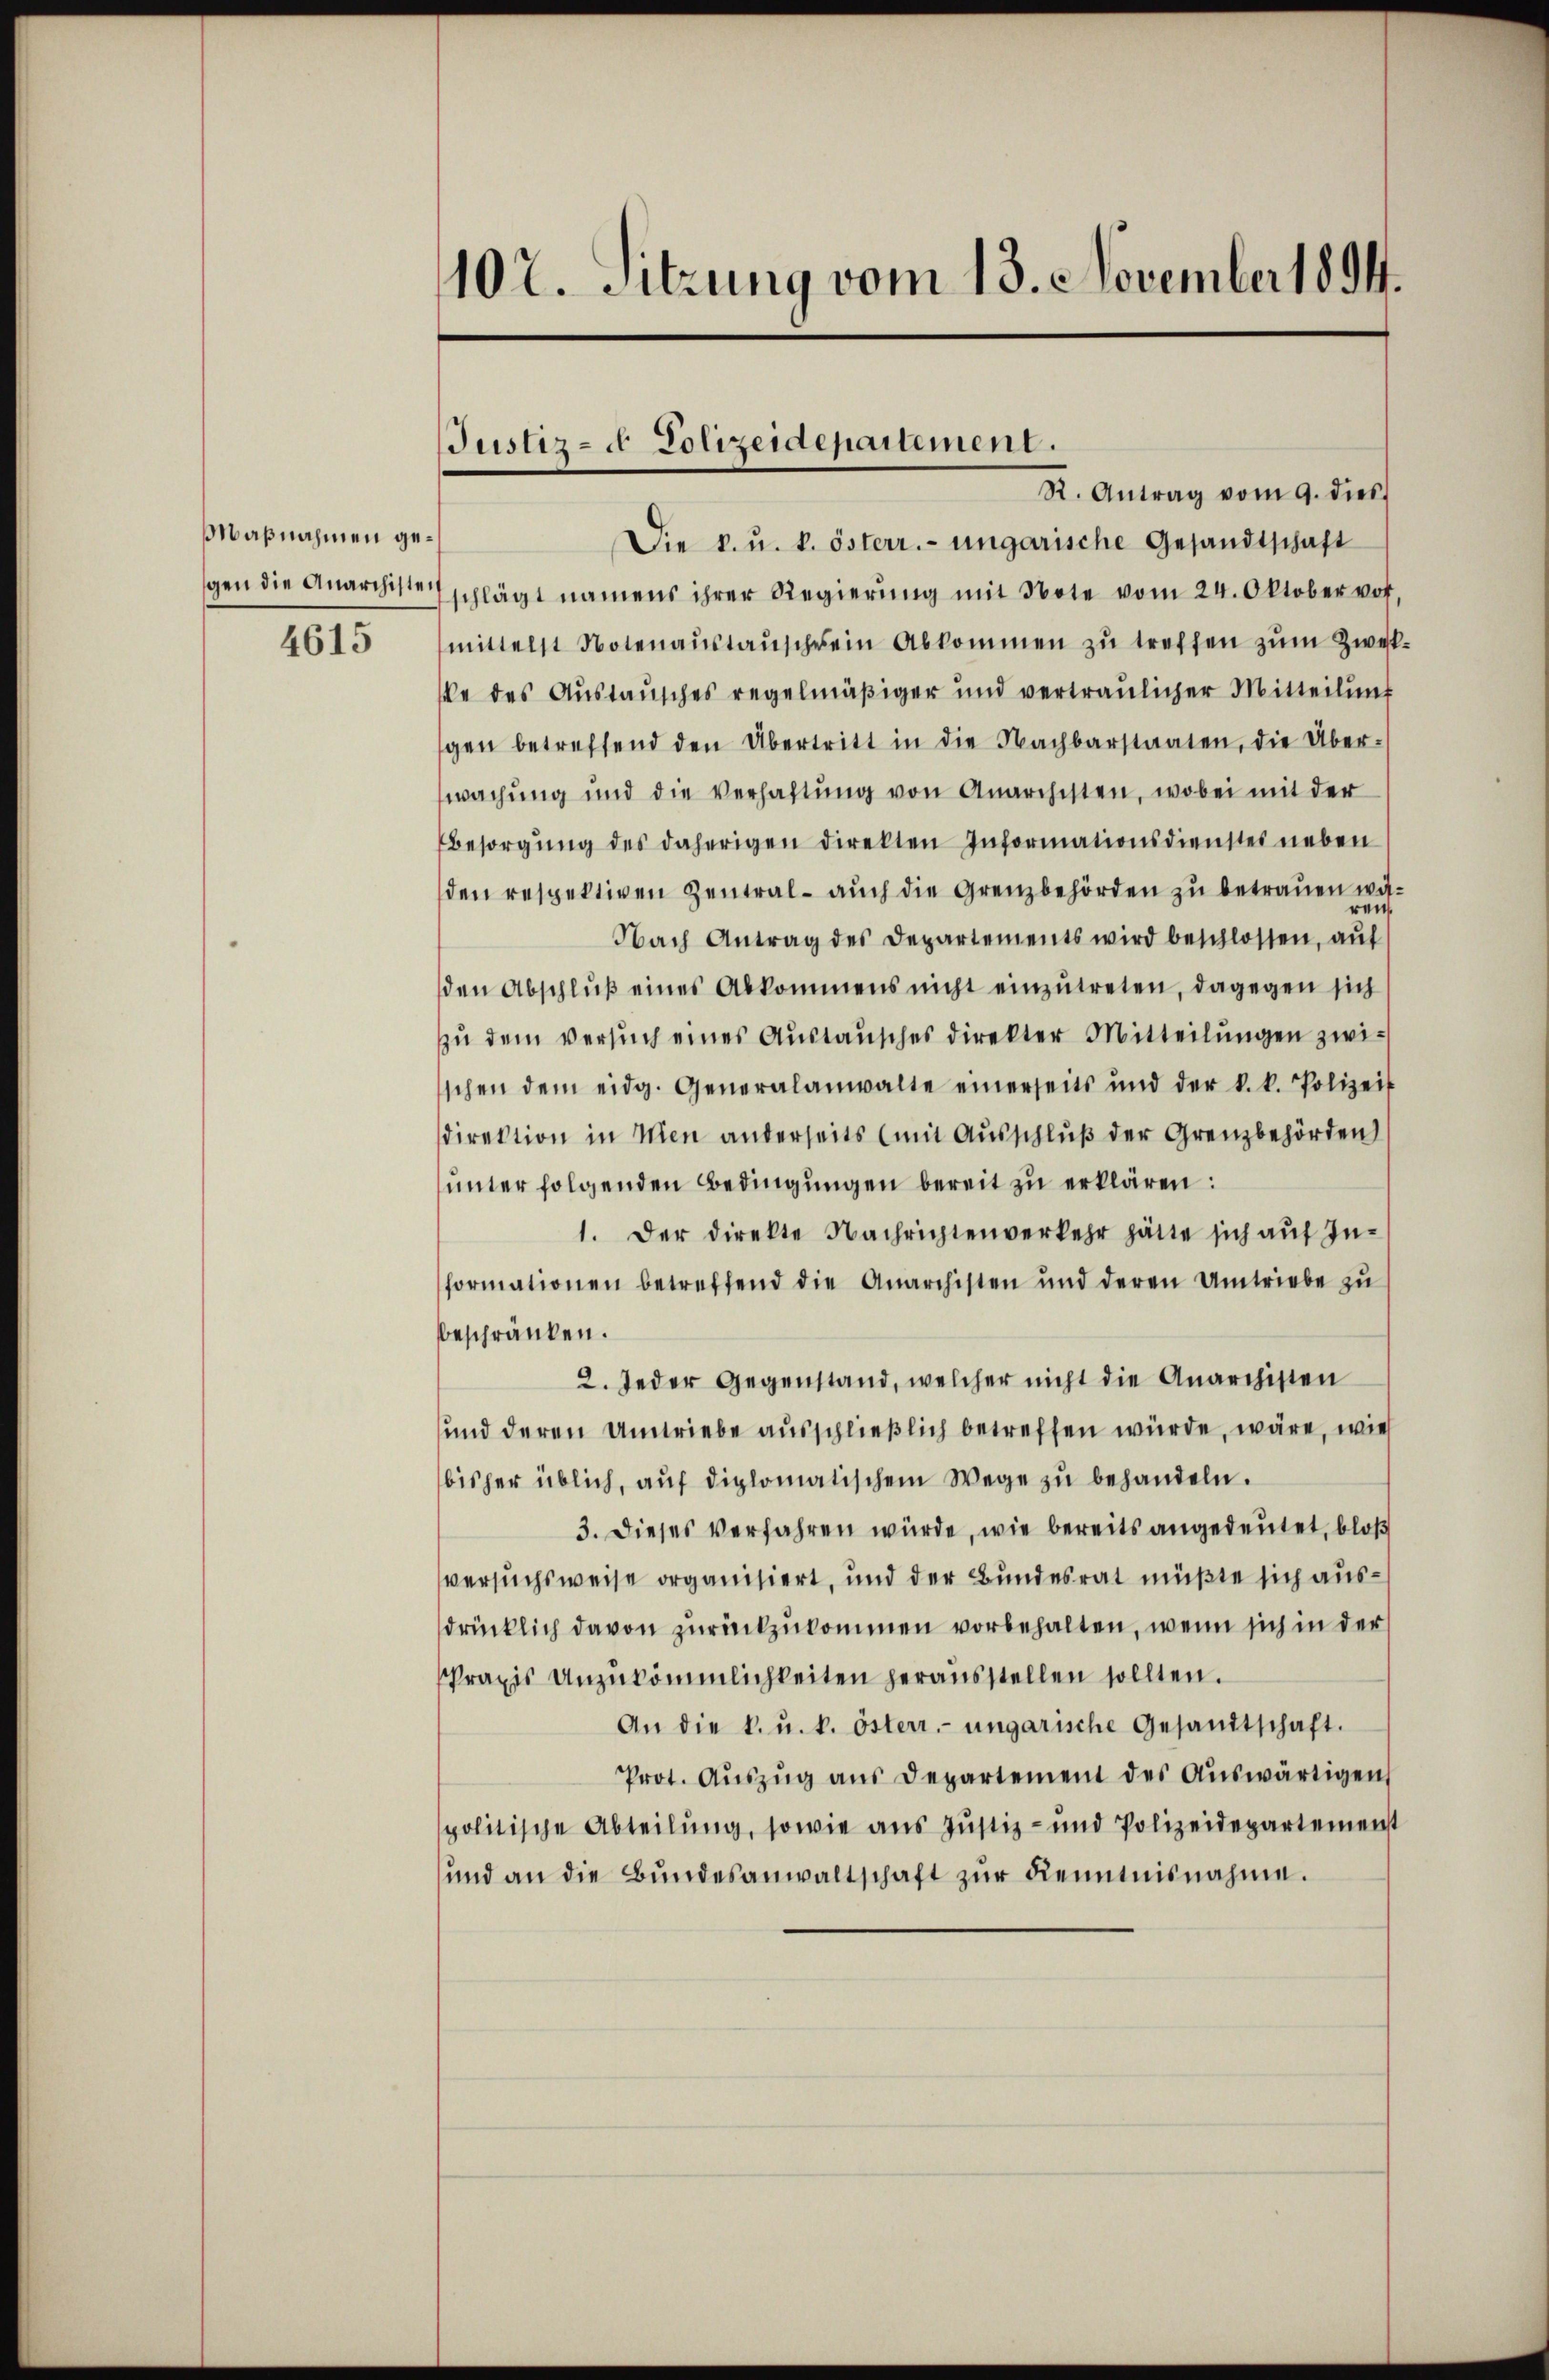
Maßnahmen gegen die Anarchisten

4615

102. Sitzung vom 13. November 1894.

R. Antrag vom 9. dies
Die k. u. k. österr. ungarische Gesandtschaft
schlägt namens ihrer Regierŭng mit Note vom 24. Oktober vor
mittelst Notenaŭstaŭscherein Abkommen zu treffen zum Zweit
ke des Aŭstaŭsches regelmäβiger und vertraŭlicher Mitteilŭng
gen betreffend den Übertritt in die Nachbarstaaten, die Über-
wachung und die Verhaltŭng von Anarchisten, wobei mit der
Besorgŭng des daherigen direkten Informationsdienstes neben
den respektiven Zentral- aŭch die Grenzbehörden zu betrauen wären.
Nach Antrag des Departements wird beschlossen, aŭf
den Abschlŭβ eines Abkommens nicht einzŭtreten, dagegen sich
zu dem versuch eines Austausches direkter Mitteilungen zwischen dem eidg. Generalanwalte einerseits und der k. k. Polizeit
direktion in Wien anderseits (mit Ausschlŭβ der Grenzbehörden
unter folgenden Bedingungen bereit zu erklären:
1. Der Direkte Nachrichtenverkehr hätte sich aŭf In-
formationen betreffend die Anarchisten und deren Umtriebe zŭ
beschränken.
2. Jeder Gegenstand, welcher nicht die Anarchisten
und deren Umtriebe ausschließlich betreffen würde, wäre, wie
bisher üblich, aŭf diplomatischem Wege zŭ behandeln.
3. Dieses verfahren würde, wie bereits angedeutet, bloß
versuchsweise organisiert, und der Bundesrat müßte sich ausdrücklich davon zurückzukommen vorbehalten, wenn sich in der
Praxis Unzukömmlichkeiten herausstellen sollten.
An die k. u. k. österr. ungarische Gesandtschaft.
Prot. Auszug aus Departement des Auswärtigen
politische Abteilung, sowie aus Justiz- und Polizeidepartemenst
und an die Bŭndesanwaltschaft zŭr Kenntnisnahme.

Justiz- & Polizeidepartement.